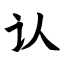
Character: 认